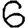
Digit: 6